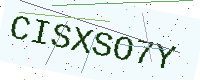
Text: CISXSO7Y